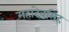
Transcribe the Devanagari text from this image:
महादेवसिंह